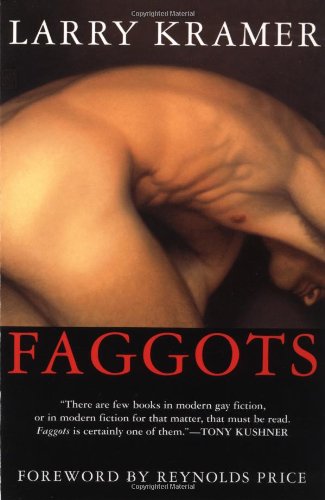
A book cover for Faggots; Larry Kramer; Literature & Fiction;